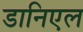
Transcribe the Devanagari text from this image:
डानिएल